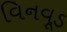
વિનવૂડ